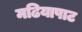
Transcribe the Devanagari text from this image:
मढियापाट